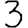
Digit: 3